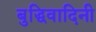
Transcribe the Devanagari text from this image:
बुद्धिवादिनी